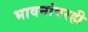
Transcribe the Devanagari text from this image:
भावनांवरही